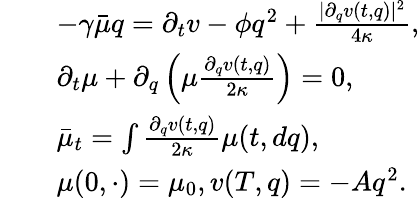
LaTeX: \begin{array}{rl}&{\quad-\gamma\bar{\mu}q=\partial_{t}v-\phi q^{2}+\frac{|\partial_{q}v(t,q)|^{2}}{4\kappa},}\\ &{\quad\partial_{t}\mu+\partial_{q}\left(\mu\frac{\partial_{q}v(t,q)}{2\kappa}\right)=0,}\\ &{\quad\bar{\mu}_{t}=\int\frac{\partial_{q}v(t,q)}{2\kappa}\mu(t,dq),}\\ &{\quad\mu(0,\cdot)=\mu_{0},v(T,q)=-Aq^{2}.}\end{array}